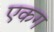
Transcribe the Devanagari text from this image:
एकग